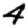
Digit: 4